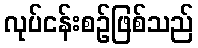
လုပ်ငန်းစဉ်ဖြစ်သည်